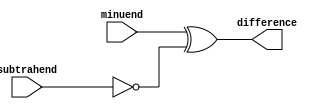
module Combinational_logic_blocks (
  input wire [3:0] minuend,
  input wire [3:0] subtrahend,
  output wire [3:0] difference
);

// Invert the subtrahend
wire [3:0] inverted_subtrahend;
assign inverted_subtrahend = ~subtrahend;

// Perform subtraction using XOR gates and AND gates
assign difference = minuend ^ inverted_subtrahend;

endmodule